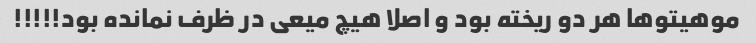
موهیتوها هر دو ریخته بود و اصلا هیچ میعی در ظرف نمانده بود!!!!!